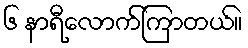
၆ နာရီလောက်ကြာတယ်။